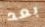
بعد